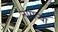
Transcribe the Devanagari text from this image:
नांगर्‍या